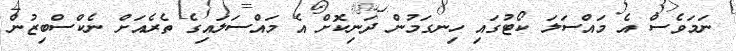
ނަމަވެސް އެ މައްސަލަ ކޯޓުގައި ހިނގަމުން ދަނިކޮށް އެ މައްސަލައިގެ ތެރެއަށް ނެކްސްބިޒުން